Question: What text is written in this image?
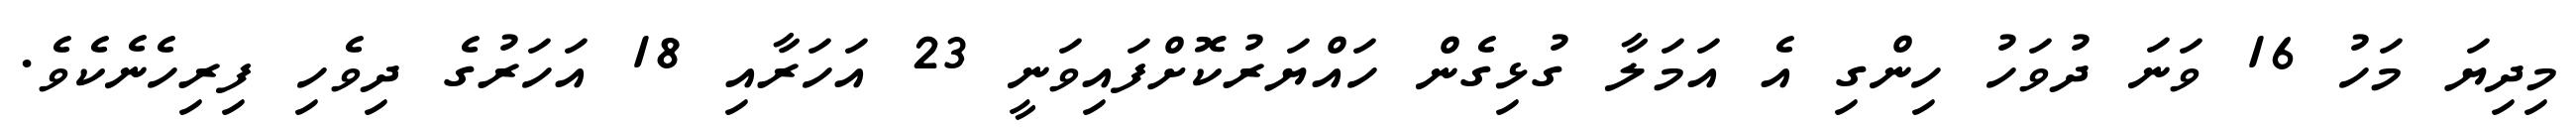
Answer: މިދިޔަ މަހު 16 ވަނަ ދުވަހު ހިންގި އެ އަމަލާ ގުޅިގެން ހައްޔަރުކޮށްފައިވަނީ 23 އަހަރާއި 18 އަހަރުގެ ދިވެހި ފިރިހެނެކެވެ.